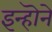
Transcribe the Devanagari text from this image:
इन्हॊने